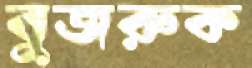
বুজরুক